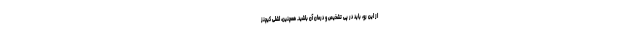
از این رو، باید در پی تشخیص و درمان آن باشید. همچنین، اشلی کیچنز